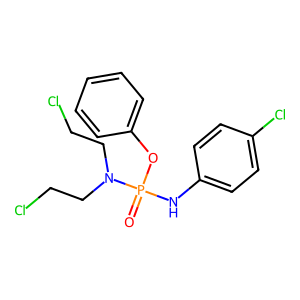
SMILES: O=P(Nc1ccc(Cl)cc1)(Oc1ccccc1)N(CCCl)CCCl
Inhibits HIV replication: No